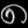
Digit: ၈